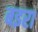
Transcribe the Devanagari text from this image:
बइरा